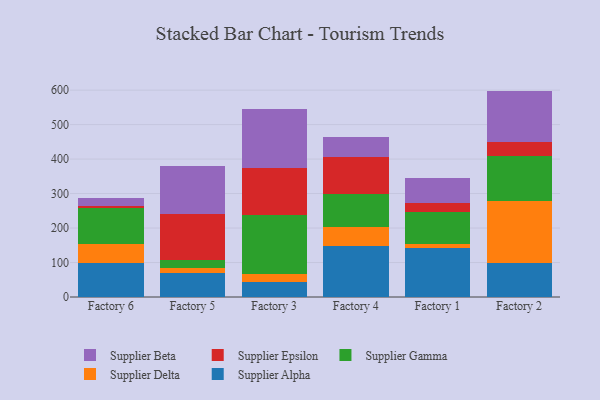
{"axis": {"x": "Factory", "y": "Net Income (USD K)"}, "legend": ["Supplier Alpha", "Supplier Beta", "Supplier Delta", "Supplier Epsilon", "Supplier Gamma"], "data": [{"x": "Factory 6", "y": 99.8, "type": "Supplier Alpha"}, {"x": "Factory 6", "y": 52.8, "type": "Supplier Delta"}, {"x": "Factory 6", "y": 104.1, "type": "Supplier Gamma"}, {"x": "Factory 6", "y": 6.5, "type": "Supplier Epsilon"}, {"x": "Factory 6", "y": 23.4, "type": "Supplier Beta"}, {"x": "Factory 5", "y": 68.2, "type": "Supplier Alpha"}, {"x": "Factory 5", "y": 16.2, "type": "Supplier Delta"}, {"x": "Factory 5", "y": 21.9, "type": "Supplier Gamma"}, {"x": "Factory 5", "y": 134.1, "type": "Supplier Epsilon"}, {"x": "Factory 5", "y": 140.1, "type": "Supplier Beta"}, {"x": "Factory 3", "y": 43.4, "type": "Supplier Alpha"}, {"x": "Factory 3", "y": 22.8, "type": "Supplier Delta"}, {"x": "Factory 3", "y": 170.6, "type": "Supplier Gamma"}, {"x": "Factory 3", "y": 136.8, "type": "Supplier Epsilon"}, {"x": "Factory 3", "y": 173.1, "type": "Supplier Beta"}, {"x": "Factory 4", "y": 146.9, "type": "Supplier Alpha"}, {"x": "Factory 4", "y": 54.8, "type": "Supplier Delta"}, {"x": "Factory 4", "y": 96.2, "type": "Supplier Gamma"}, {"x": "Factory 4", "y": 109.3, "type": "Supplier Epsilon"}, {"x": "Factory 4", "y": 56.8, "type": "Supplier Beta"}, {"x": "Factory 1", "y": 142.7, "type": "Supplier Alpha"}, {"x": "Factory 1", "y": 10.1, "type": "Supplier Delta"}, {"x": "Factory 1", "y": 93.3, "type": "Supplier Gamma"}, {"x": "Factory 1", "y": 27.2, "type": "Supplier Epsilon"}, {"x": "Factory 1", "y": 70.5, "type": "Supplier Beta"}, {"x": "Factory 2", "y": 98.3, "type": "Supplier Alpha"}, {"x": "Factory 2", "y": 178.7, "type": "Supplier Delta"}, {"x": "Factory 2", "y": 131.3, "type": "Supplier Gamma"}, {"x": "Factory 2", "y": 41.7, "type": "Supplier Epsilon"}, {"x": "Factory 2", "y": 147.9, "type": "Supplier Beta"}]}